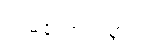
ကံမကောင်းစွာပဲ၊